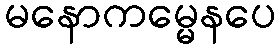
မနောကမ္မေနပေ